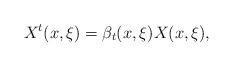
LaTeX: \begin{align*}X^{t}(x, \xi) = \beta_{t}(x, \xi) X(x, \xi),\end{align*}